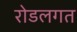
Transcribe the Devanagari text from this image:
रोडलगत